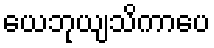
ယေဘုယျသိကာပေ